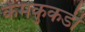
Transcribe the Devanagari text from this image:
केमकुकडी